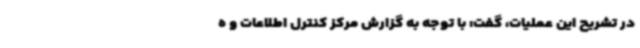
در تشریح این عملیات، گفت: با توجه به گزارش مرکز کنترل اطلاعات و ه